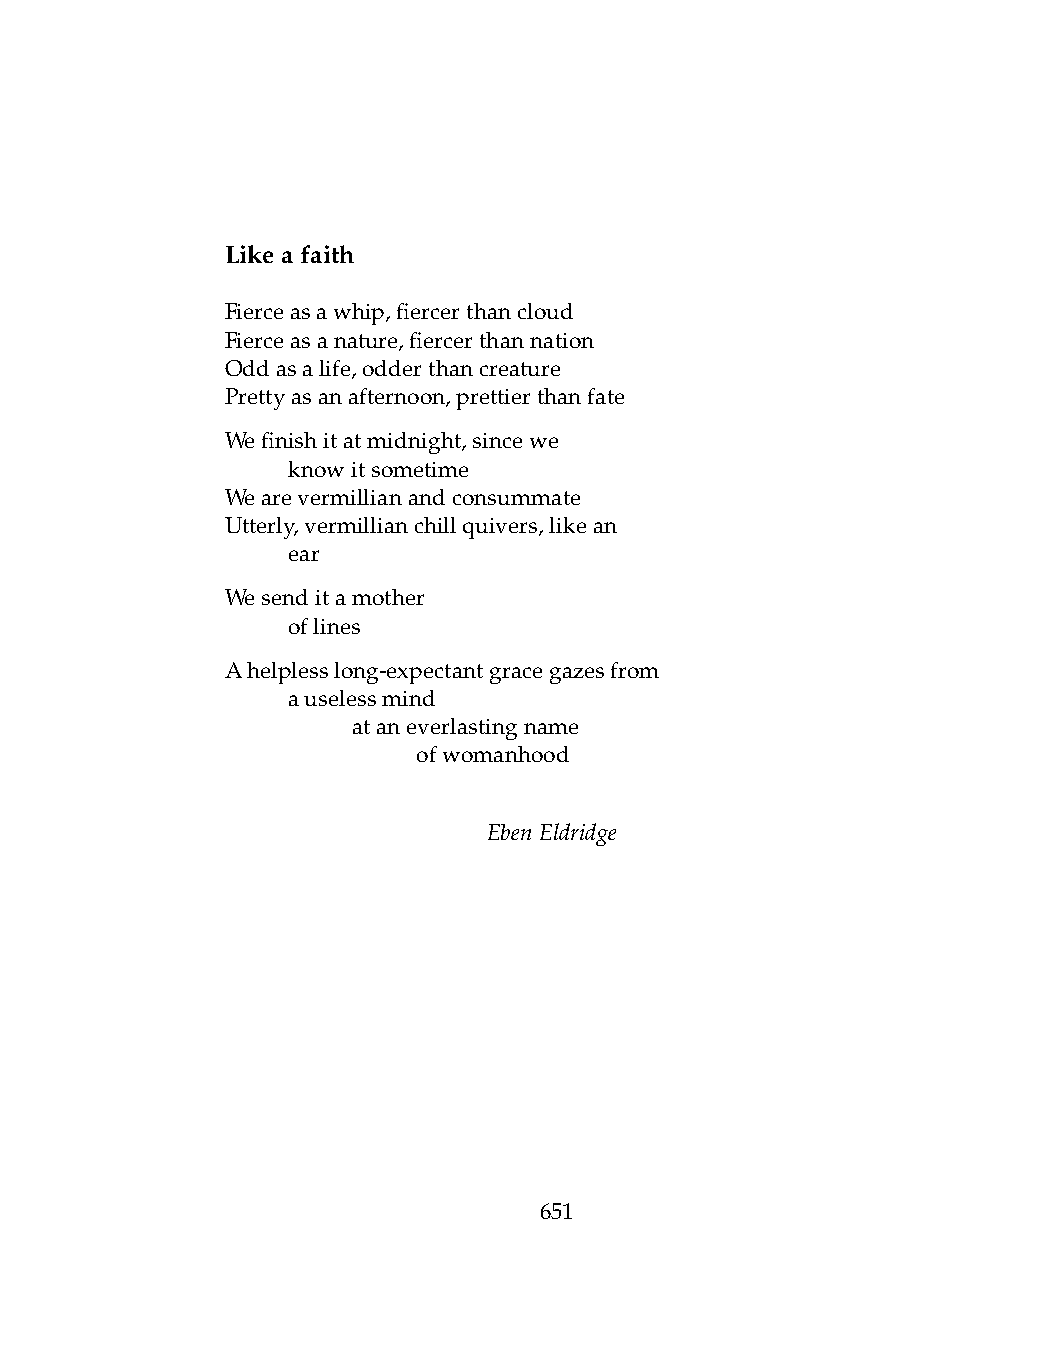
Likeafaith
 Fierceasawhip,fiercerthancloud
 Fierceasanature,fiercerthannation
 Oddasalife,odderthancreature
 Prettyasanafternoon,prettierthanfate
 Wefinishitatmidnight,sincewe
 .   knowitsometime
 Wearevermillianandconsummate
 Utterly,vermillianchillquivers,likean
 .   ear
 Wesenditamother
 .   oflines
 Ahelplesslong-expectantgracegazesfrom
 .   auselessmind
 .   .   ataneverlastingname
 .   .   .    ofwomanhood
 EbenEldridge
 651